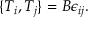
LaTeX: \{ T _ { i } , T _ { j } \} = B \epsilon _ { i j } .